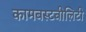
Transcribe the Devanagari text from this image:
कामबस्टबीलिटी